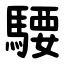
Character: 騕